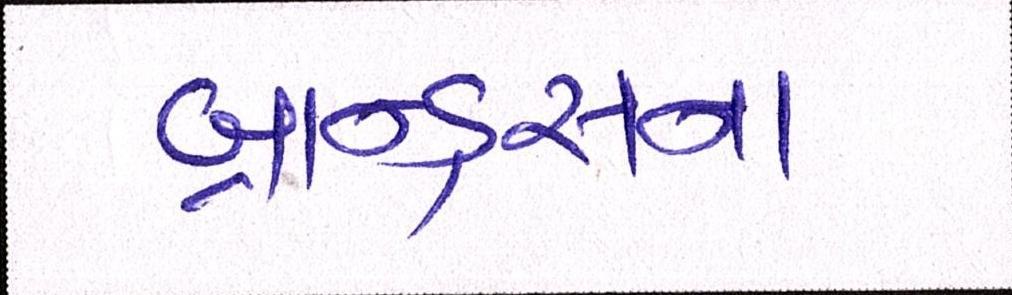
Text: બ્રાન્ડ્સના